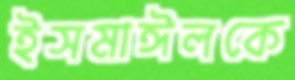
ইসমাঈলকে